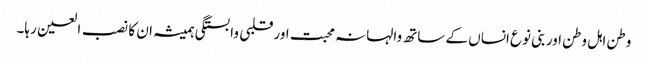
وطن اہل وطن اور بنی نوع انساں کے ساتھ والہانہ محبت اور قلبی وابستگی ہمیشہ ان کا نصب العین رہا۔